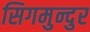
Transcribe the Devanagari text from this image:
सिगमुन्दुर